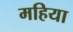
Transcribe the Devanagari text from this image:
महिया